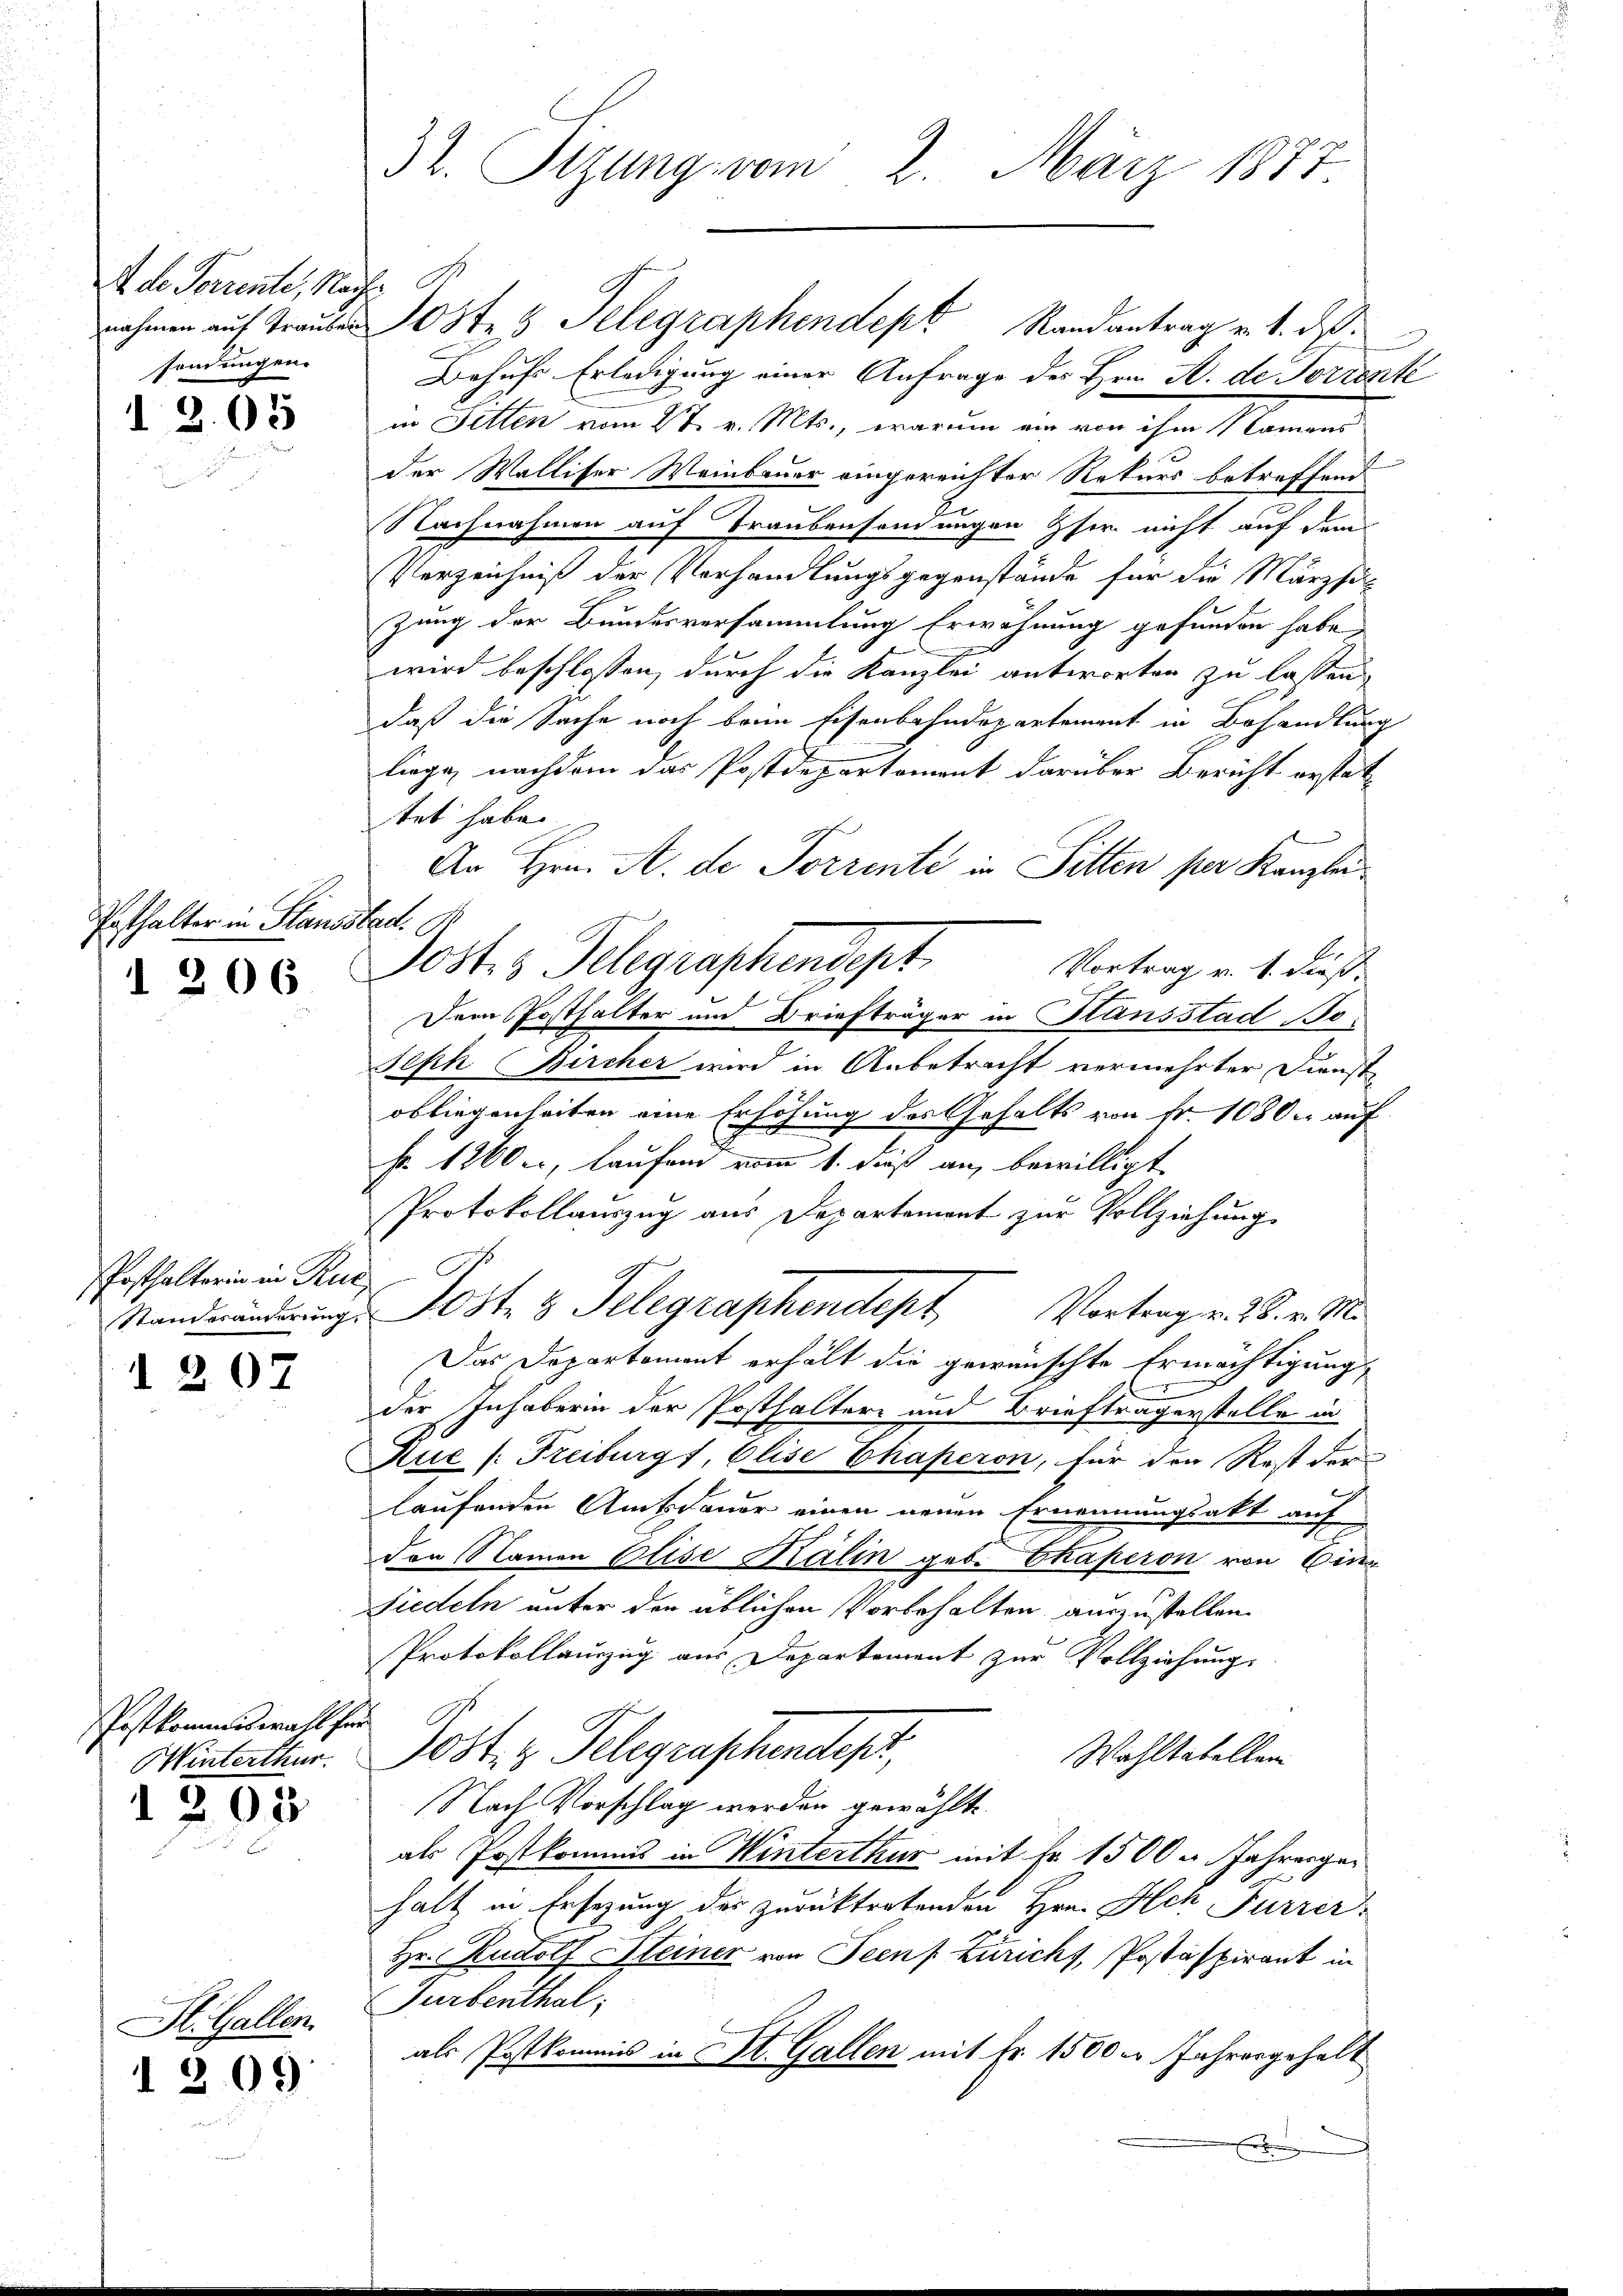
A de Perrente, Nach
sendungen.

I 2. 05

Posthalter in Stands
I 206

Posthalterin in Rui
Standesanderung

I 207

Postkommiswahl für
Winterthur.
1203

St. Gallen.

1209

32. Sizung vom 2. März 1877.

nahmen auf Trauber 108 f. 5 Telegraphendept Randantrag v. 1. ds.
Behufs Erledigung einer Anfrage des Hrn. A. de Forrente
in Sitten vom 27. v. Mts., warum ein von ihm Namens
der Walliser Weinbauer eingereichter Rekurs betreffend
Nachnahmen auf Traubensendungen ser nicht auf dem
Verzeichniß der Verhandlungsgegenstände für die Märzsic
zung der Bundesversammlung Erwähnung gefunden habe,
wird beschlossen, durch die Kanzlei antworten zu lassen
daß die Sache noch beim Eisenbahndepartement in Behandlung
liege, nachdem das Postdepartement darüber Bericht erstattet habe.
An Hrn. A. de Torrente in Sitten per Kanzle
t
Josts Telegraphendept
Vortrag v. 1. dieß.
Dem Posthalter und Briefträger in Hansstad Jo¬
Seph Bircher wird in Anbetracht vermehrter Dienst
obliegenheiten eine Erhöhung des Gehalts von Fr. 1080. auf
Fr. 1200., laufen vom 1. dieß an, bewilligt
Protokollauszug aus Departement zur Vollziehung
9
Jost 3 Telegraphendept, Vortrag v. 28. v. Mi
Das Departement erhält die gewünschte Ermächtigung
der Inhaberin der Posthalter und Briefträgerstelle in
Rue (Freiburg, Elise Chaperon, für den Rest der
laufenden Amtsdauer einen neuen Ernennungsakt auf
den Namen Elise Kälin geb. Ekaperon von Ein¬
Siedeln unter den üblichen Vorbehalten auszustellen.
Protokollauszug aus Departement zur Vollziehung.
Jost z. Telegraphendepr
Wahltatellen
Nach Vorschlag werden gewählte
als Postkommis in Winterthur mit Fr. 1500 u. Jahrengehalt in Ersezung des zurücktretenden Hrn. Ich Furrer
Hr. Rudolf Steiner von Seen Zuricht, Postaspirant in
Turbenthal
als Postkommis in St. Gallen mit Fr. 15000 Jahrengehalt
E